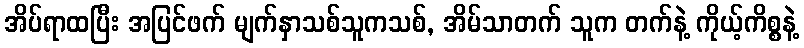
အိပ်ရာထပြီး အပြင်ဖက် မျက်နှာသစ်သူကသစ်, အိမ်သာတက် သူက တက်နဲ့ ကိုယ့်ကိစ္စနဲ့